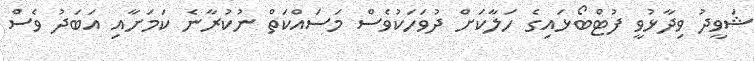
ޝަވީދު ވިދާޅުވީ ފުޓްބޯޅައިގެ ހަލާކަށް ދުވަހަކުވެސް މަސައްކަތް ނުކުރާނެ ކަމަށާއި އަބަދު ވެސް